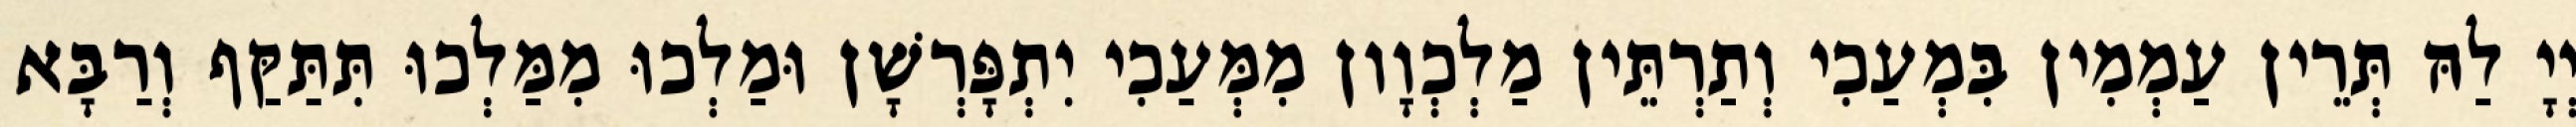
יְיָ לַהּ תְּרֵין עַמְמִין בִּמְעַכִי וְתַרְתֵּין מַלְכְוָון מִמְּעַכִי יִתְפָּרְשָׁן וּמַלְכוּ מִמַּלְכוּ תִּתַּקַּף וְרַבָּא